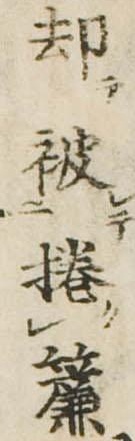
却被捲簾